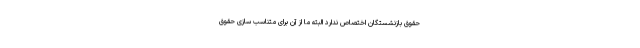
حقوق بازنشستگان اختصاص ندارد البته ما از آن برای متناسب سازی حقوق